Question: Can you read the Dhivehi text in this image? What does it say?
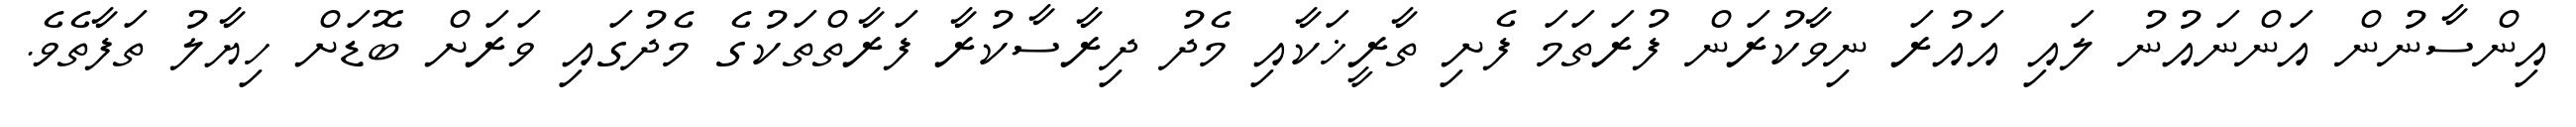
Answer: އިންސާނުން އަންނައުނު ލައި އައުރަ ނިވާކުރަން ފުރަތަމަ ފެށި ތާރީޚަކާއި މެދު ދިރާސާކުރާ ފަރާތްތަކުގެ މެދުގައި ވަރަށް ބޮޑަށް ހިޔާލު ތަފާތެވެ.